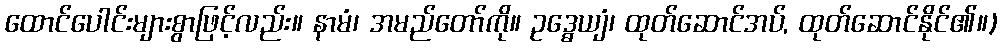
ထောင်ပေါင်းများစွာဖြင့်လည်း။ နာမံ၊ အမည်တော်ကို။ ဥဒ္ဓေယျံ၊ ထုတ်ဆောင်အပ်, ထုတ်ဆောင်နိုင်၏။)